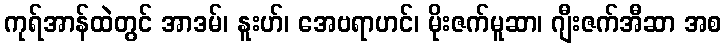
ကုရ်အာန်ထဲတွင် အာဒမ်၊ နူးဟ်၊ အေဗရာဟင်၊ မိုးဇက်မူဆာ၊ ဂျီးဇက်အီဆာ အစ